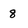
Character: 8